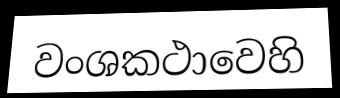
වංශකථාවෙහි